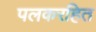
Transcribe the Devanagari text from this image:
पलकरहित